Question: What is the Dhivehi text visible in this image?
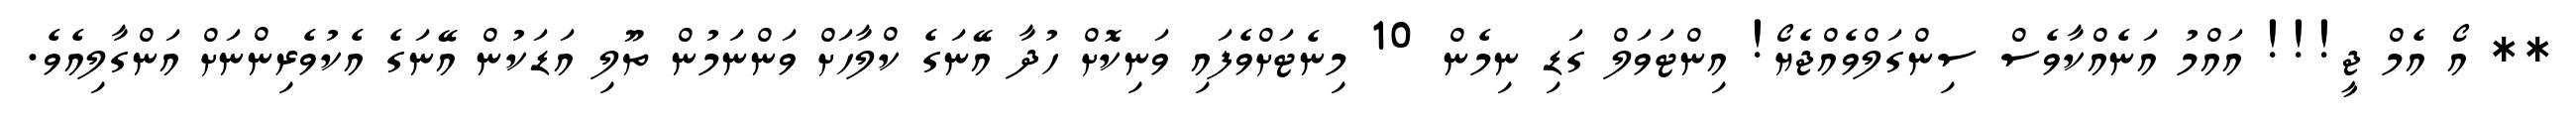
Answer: ** އޯ އެމް ޖީ!!! އައްމު އަނެއްކާވެސް ސިންގަލްވެއްޖެޔޯ! އިންޓަވަލް ގަޑި ނިމެން 10 މިނެޓަށްވެފައި ވަނިކޮށް ހުދާ އޭނަގެ ކްލާހަށް ވަންނަމުން ތޫލި އަޑަކުން އޭނަގެ އެކުވެރިންނަށް އަންގާލިއެވެ.